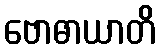
ဗောဓာယာတိ